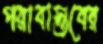
পরাবাস্তবের